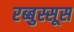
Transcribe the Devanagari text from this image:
रब्बुस्सूस